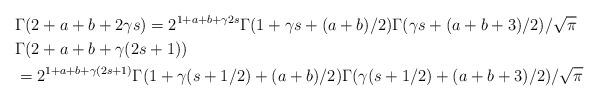
LaTeX: \begin{align*}&\Gamma(2+a+b+2\gamma s) = 2^{1+a+b+\gamma 2s}\Gamma(1+\gamma s + (a+b)/2)\Gamma(\gamma s+(a+b+3)/2)/\sqrt{\pi}\\&\Gamma(2+a+b+\gamma(2s+1)) \\&= 2^{1+a+b+\gamma(2s+1)}\Gamma(1+\gamma(s+1/2)+(a+b)/2)\Gamma(\gamma(s+1/2)+(a+b+3)/2)/\sqrt{\pi}\end{align*}